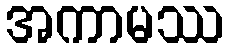
အကာမဿ